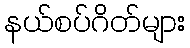
နယ်စပ်ဂိတ်များ